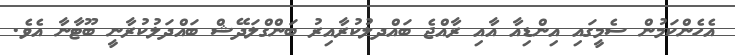
އެހެންކަމުން ސެމީގައި އިންޑިއާ އާއި ރާއްޖެ ބައްދލުކުރާއިރު ބަންގްލަދޭޝް ބައްދަލުކުރާނީ ބޫޓާނާ އެވެ.